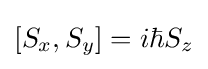
[S_{x},S_{y}]=i\hbar S_{z}